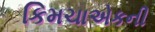
કિમચાએકની